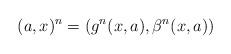
LaTeX: \begin{align*}(a, x)^n = (g^n(x, a), \beta^n (x, a))\end{align*}